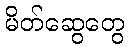
မိတ်ဆွေတွေ